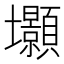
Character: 𭐐